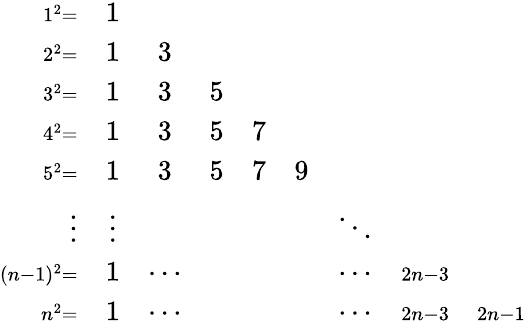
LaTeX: \begin{array}{rcccccccc}{\scriptstyle 1^{2}\scriptstyle=}&{1}&{}&{}&{}&{}&{}&{}&{}\\ {\scriptstyle 2^{2}\scriptstyle=}&{1}&{3}&{}&{}&{}&{}&{}&{}\\ {\scriptstyle 3^{2}\scriptstyle=}&{1}&{3}&{5}&{}&{}&{}&{}&{}\\ {\scriptstyle 4^{2}\scriptstyle=}&{1}&{3}&{5}&{7}&{}&{}&{}&{}\\ {\scriptstyle 5^{2}\scriptstyle=}&{1}&{3}&{5}&{7}&{9}&{}&{}&{}\\ {\vdots}&{\vdots}&{}&{}&{}&{}&{\ddots}&{}&{}\\ {\scriptstyle(n-1)^{2}\scriptstyle=}&{1}&{\cdots}&{}&{}&{}&{\cdots}&{\scriptstyle 2n-3}&{}\\ {\scriptstyle n^{2}\scriptstyle=}&{1}&{\cdots}&{}&{}&{}&{\cdots}&{\scriptstyle 2n-3}&{\scriptstyle 2n-1}\end{array}